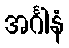
အင်္ဂါနံ